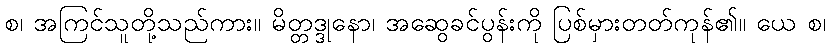
စ၊ အကြင်သူတို့သည်ကား။ မိတ္တဒ္ဒုနော၊ အဆွေခင်ပွန်းကို ပြစ်မှားတတ်ကုန်၏။ ယေ စ၊